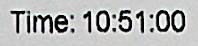
TIME: 10:51:00